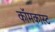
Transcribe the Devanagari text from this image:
कॉमकास्‍ट